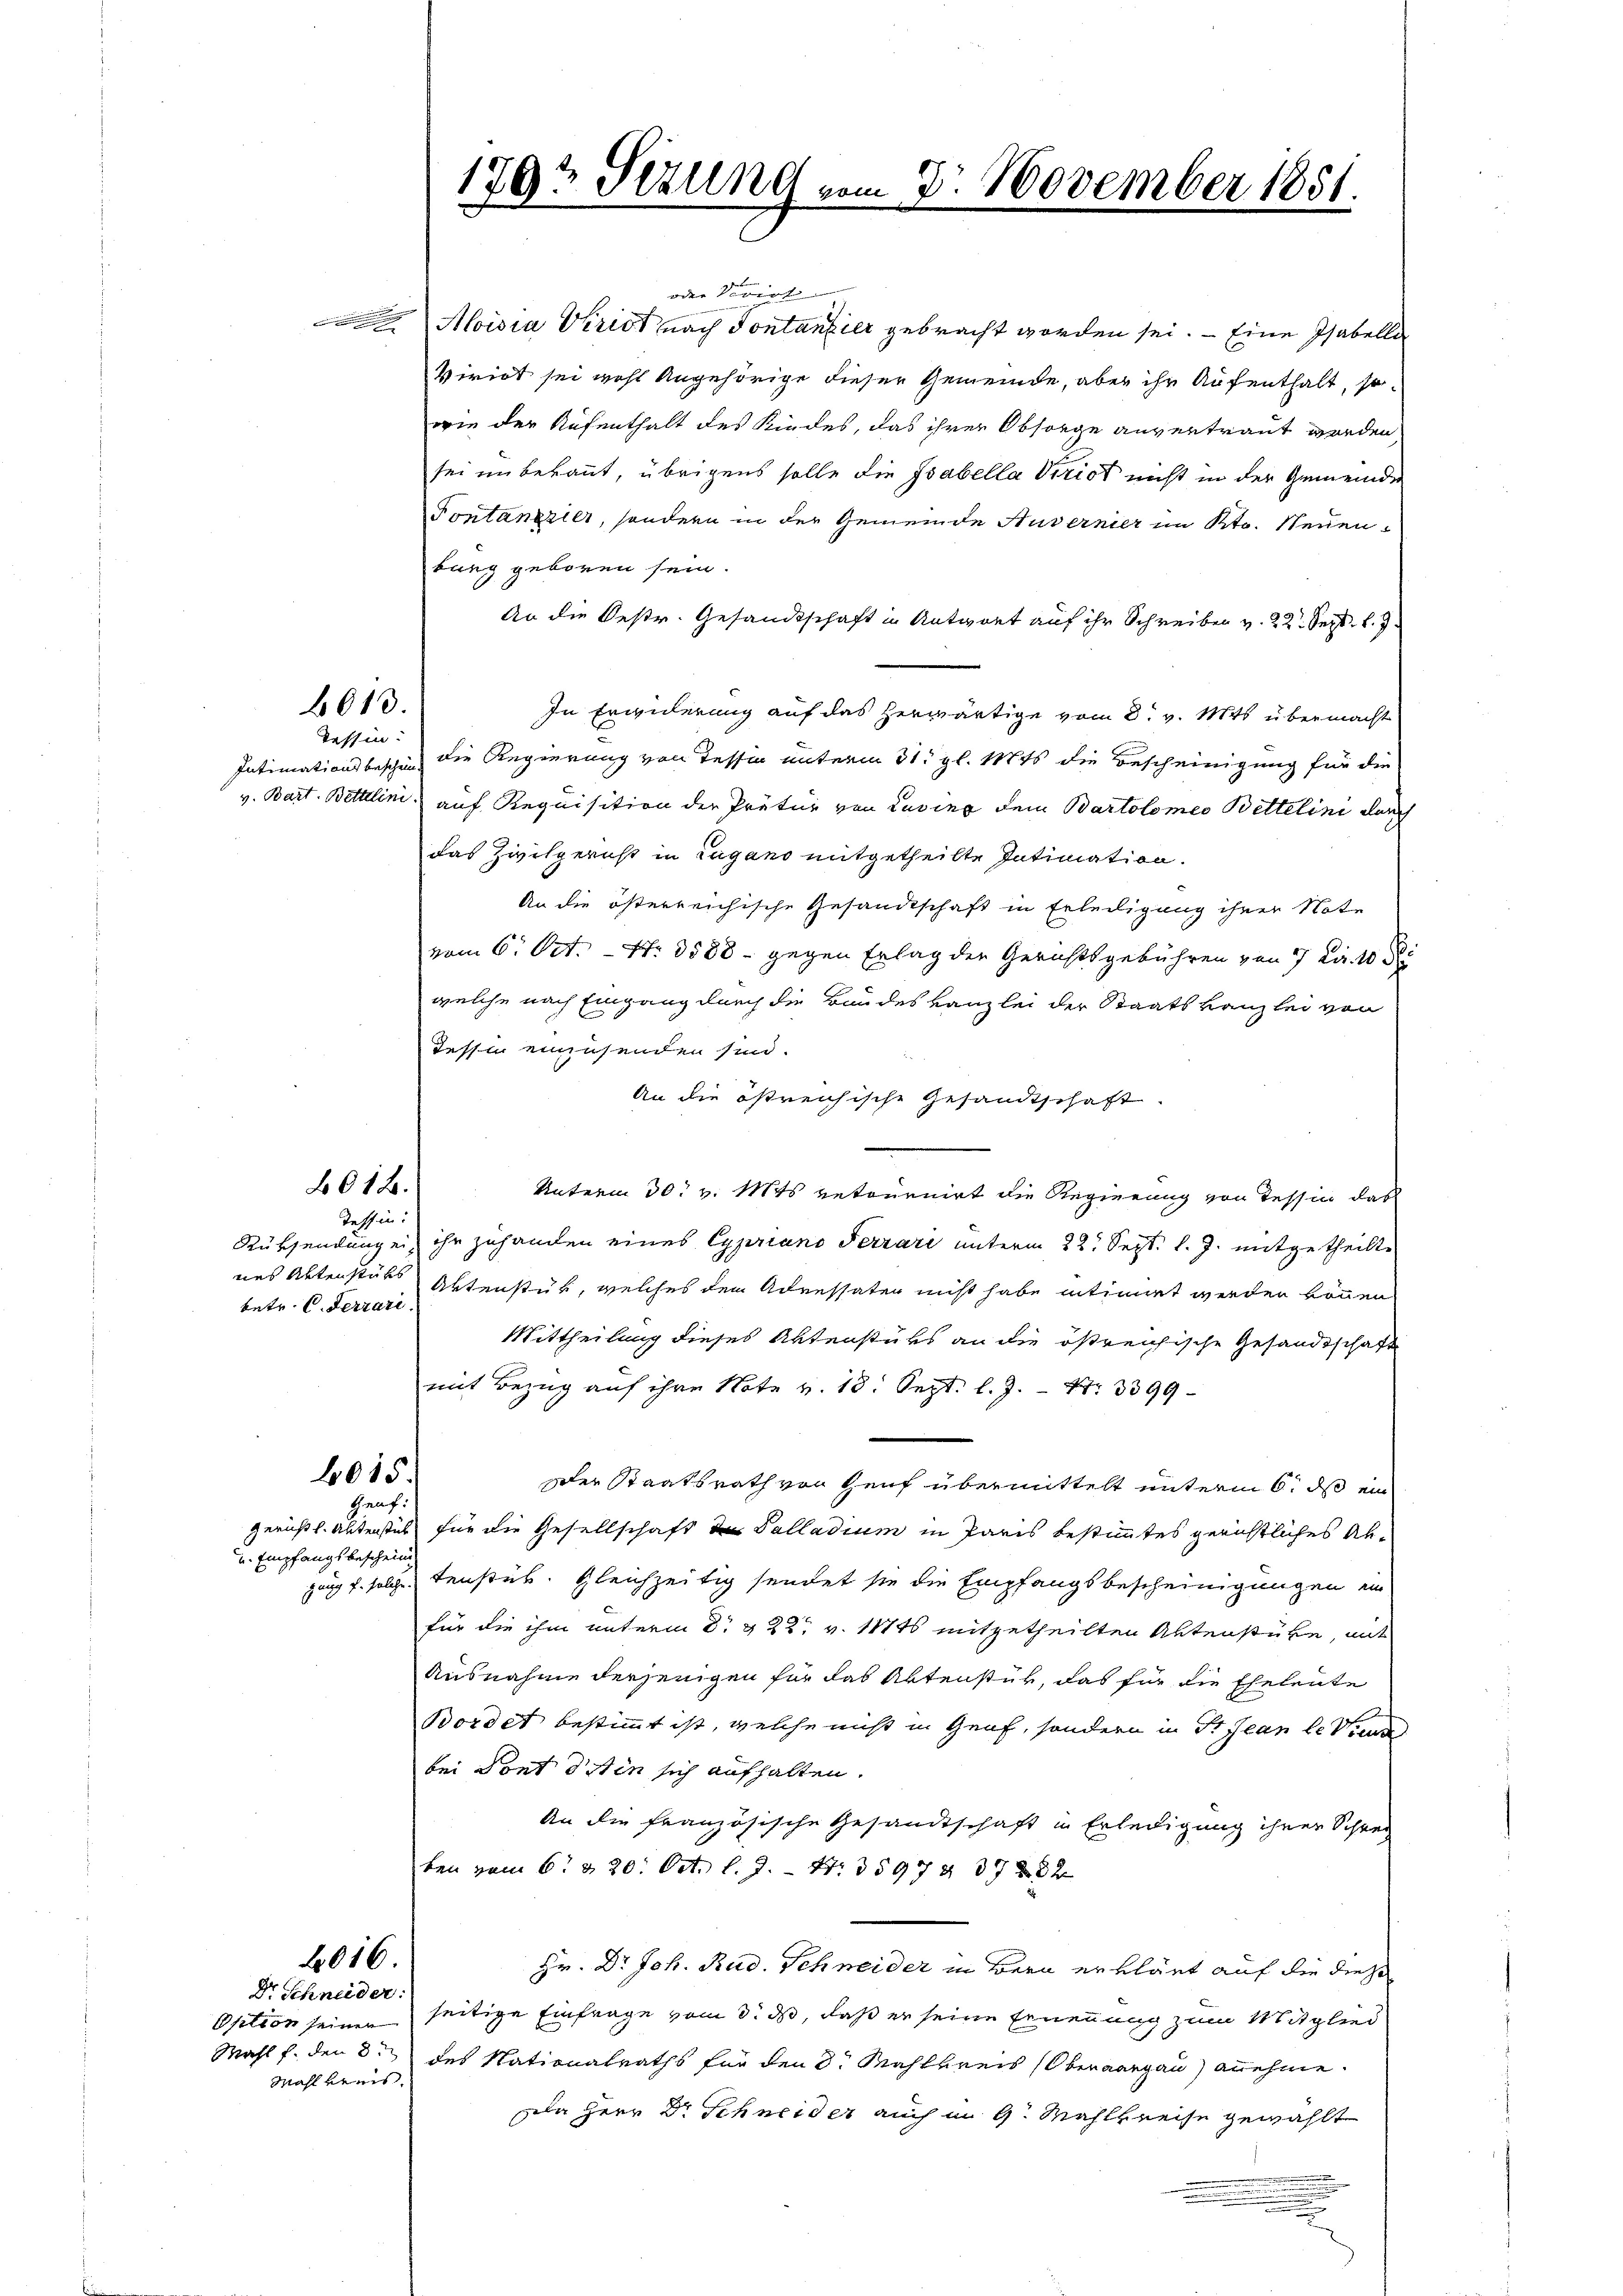
oder Vivirt
 Aloisia Virist nach Sontantier gebracht worden sei. — Eine Tabelle
Viriet sei wohl Angehörige dieser Gemeinde, aber ihr Aufenthalt, sowie der Aufenthalt des Kindes, das ihrer Obsorge anvertraut worden

sei unbekannt, übrigens solle die Gabella Vitriot nicht in der Gemeinde
Pontanzzier, sondern in der Gemeinde Ausernier im Kts. Neuenbung geboren sein.
An die Oestr. Gesandtschaft in Antwort auf ihr Schreiben v. 22. Sept. l. J.
In Erwiderung auf das herwärtige vom 8. v. Mts. übermacht
Intimationsbeschen die Regierung von Tessin unterm 31. gl. 1874 die Bescheinigung für die
v. Bart. Bettlini auf Requisition der Prätur von Laving dem Bartolomeo Bettelini durch
das Zivilpernst in Lugano mitgetheilte Intimation
An die österreichische Gesandtschaft in Erteiligung ihrer Note
vom 6. Oct. - N. 3588 - gegen Erlag der Gerichtsgebühren von 7 Fr. 10 di
welche nach Eingang durch die Baudes kanzlei der Staatskanzlei von
Tessin einzusenden sind.
An die östreichische Gesandtschaft.
.
Unterm 30. v. Mts retournirt die Regierung von Tessin das
Rüksendungen ihr zuhanden eines Cypriano Ferrari unterm 22. Sept. l. J. mitgetheilte
nes Aktenstät Aktenstück, welches dem Adressater nicht habe intimiert werden können
Mittheilung dieses Aktenstüks an die östreichische Gesandtschaft
mit Bezug auf ihre Note v. 18. Sept. l. J. Nr. 3399
Der Staatsrath von Genf übermittelt unterm 6. ds ein
Genf.
Gerichtl. Alterstes für die Gesellschaft der Salladium in Paris bestimmtes gerichtliches Abgang u. solche Fenster. Gleichzeitig sendet sie die Empfangsbescheinigungen in
für die ihm unterm 2t. & 22. v. 1871 mitgetheilten Aktenstüre, mit
Ausnahme derjenigen für das Aktenstück, das für die Eheleute
Bordet bestimmt ist, welche nicht in Genf, sondern in Fr. Jean le Trenn
bei Pont diten sich aufhalten.
An die französische Gesandtschaft in Erledigung ihrer Schreiben vom 6. & 20. Oct. l. J. - 4. 35979 378 x
Hr. Dr Joh. Rud. Schneider in Bern erklärt auf die diese
Option seinen seitige Einfrage vom 3. ds, daß er seine Ernennung zum Mitglied
Mahl f. den 3ten des Nationalraths für den 8. Mahlkreis (Oberaargau) annehme.
ele Herr Dr Schneider auch in 9. Mahlkreise gewählt
.
.

6013.
Tessin:

612.
Tessin:

betr. C. Ferrari

6015.

u Empfangsbeschein

2016.

Dr. Schneider:
Mahl veris

179? Tizung vom 3. November 1851.